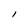
Character: l